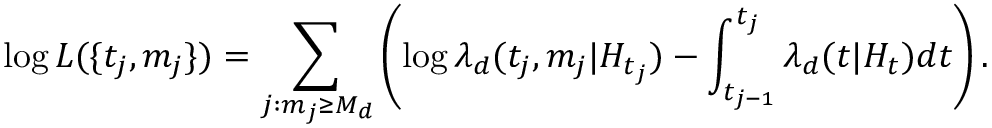
\log L ( \{ t _ { j } , m _ { j } \} ) = \sum _ { j : m _ { j } \geq M _ { d } } \left( \log \lambda _ { d } ( t _ { j } , m _ { j } | H _ { t _ { j } } ) - \int _ { t _ { j - 1 } } ^ { t _ { j } } \lambda _ { d } ( t | H _ { t } ) d t \right) .